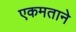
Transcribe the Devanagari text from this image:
एकमताने